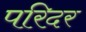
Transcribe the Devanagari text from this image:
परिदर